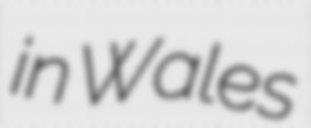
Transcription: in Wales